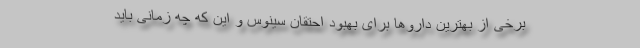
برخی از بهترین داروها برای بهبود احتقان سینوس و این که چه زمانی باید